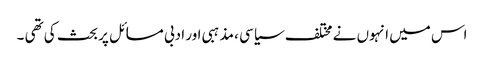
اس میں انہوں نے مختلف سیاسی ، مذہبی اور ادبی مسائل پر بحث کی تھی ۔